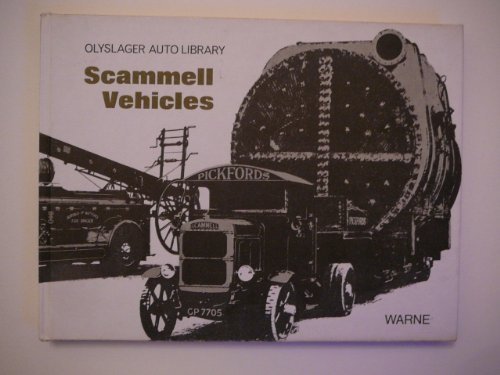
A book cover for Scammell Vehicles (Olyslager Auto Library); Olyslager Organization; Children's Books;